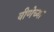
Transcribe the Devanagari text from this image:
वीणेच्या